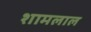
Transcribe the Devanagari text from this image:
शामलाल